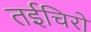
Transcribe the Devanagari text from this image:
तईचिरो